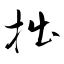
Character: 拙